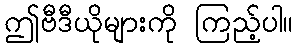
ဤဗီဒီယိုများကို ကြည့်ပါ။